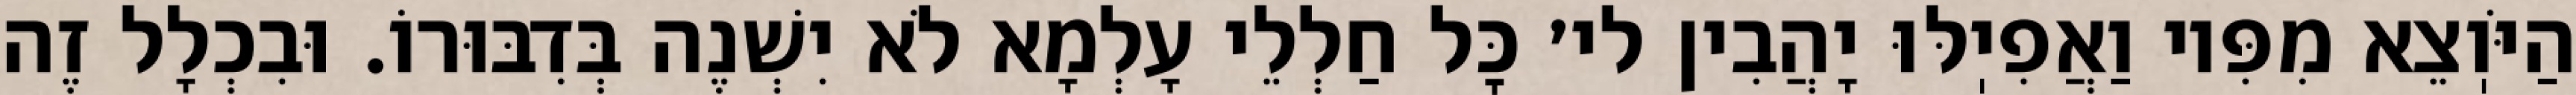
הַיֹּוֽצֵא מִפִּיו וַאֲפִיֽלּוּ יָהֲבִין לי׳ כׇּל חַלְלֵי עָלְמָא לֹא יִשְׁנֶה בְּדִבּוּרוֹ. וּבִכְלָל זֶה